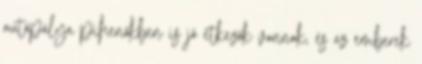
autópálya pihenőkben is jó étkezők vannak, és az emberek